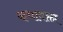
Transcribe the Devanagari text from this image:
कथावक्ता